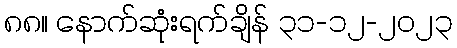
၈၈။ နောက်ဆုံးရက်ချိန် ၃၁-၁၂-၂၀၂၃